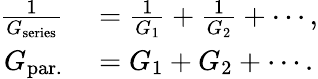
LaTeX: \begin{array}{rl}{\frac{1}{G_{\mathrm{series}}}}&{{}=\frac{1}{G_{1}}+\frac{1}{G_{2}}+\cdots,}\\ {G_{\mathrm{par.}}}&{{}=G_{1}+G_{2}+\cdots.}\end{array}